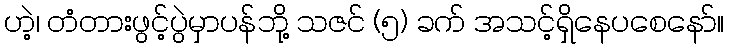
ဟဲ့၊ တံတားဖွင့်ပွဲမှာပန်ဘို့ သဇင် (၅) ခက် အသင့်ရှိနေပစေနော်။